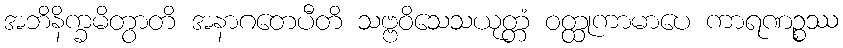
အဘိနိက္ခမိတွာတိ အနာဂတေပီတိ သဗ္ဗဝိသေသယုတ္တံ ဝတ္ထုကာမာပေ ကာရဏဉ္စဿ